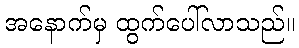
အနောက်မှ ထွက်ပေါ်လာသည်။